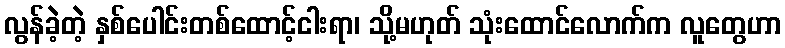
လွန်ခဲ့တဲ့ နှစ်ပေါင်းတစ်ထောင့်ငါးရာ၊ သို့မဟုတ် သုံးထောင်လောက်က လူတွေဟာ